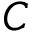
C